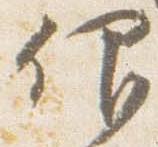
仰